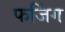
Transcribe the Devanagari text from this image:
फजिंग